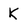
Character: K